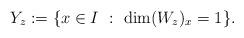
LaTeX: \begin{align*}Y_z := \{ x \in I \ : \ \dim (W_z)_x = 1\}.\end{align*}